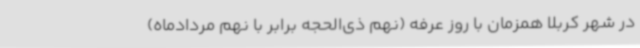
در شهر کربلا همزمان با روز عرفه (نهم ذی‌الحجه برابر با نهم مردادماه)